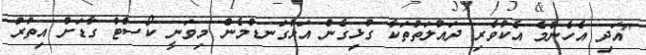
"އަދި އެހެންމެ އެކުވެރި ދައުލަތުތަކާ ގުޅިގެން އަޅުގަނޑުމެން މިވަނީ ކޯސްޓް ގާޑަށް އިތުރު